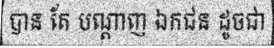
បាន តែ បណ្តាញ ឯកជន ដូចជា